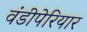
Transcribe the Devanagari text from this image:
वंडीपेरियार